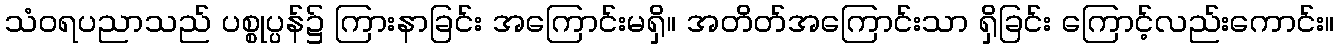
သံဝရပညာသည် ပစ္စုပ္ပန်၌ ကြားနာခြင်း အကြောင်းမရှိ။ အတိတ်အကြောင်းသာ ရှိခြင်း ကြောင့်လည်းကောင်း။